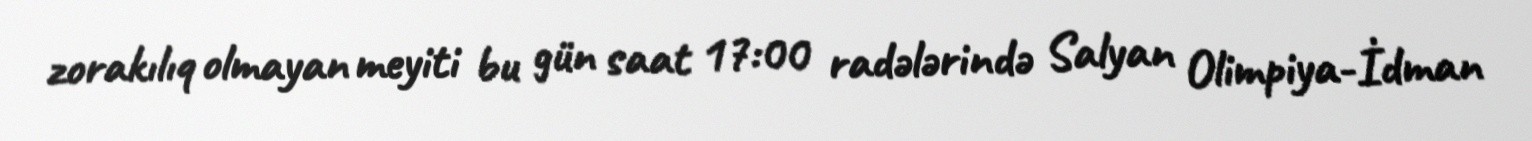
zorakılıq olmayan meyiti bu gün saat 17:00 radələrində Salyan Olimpiya-İdman